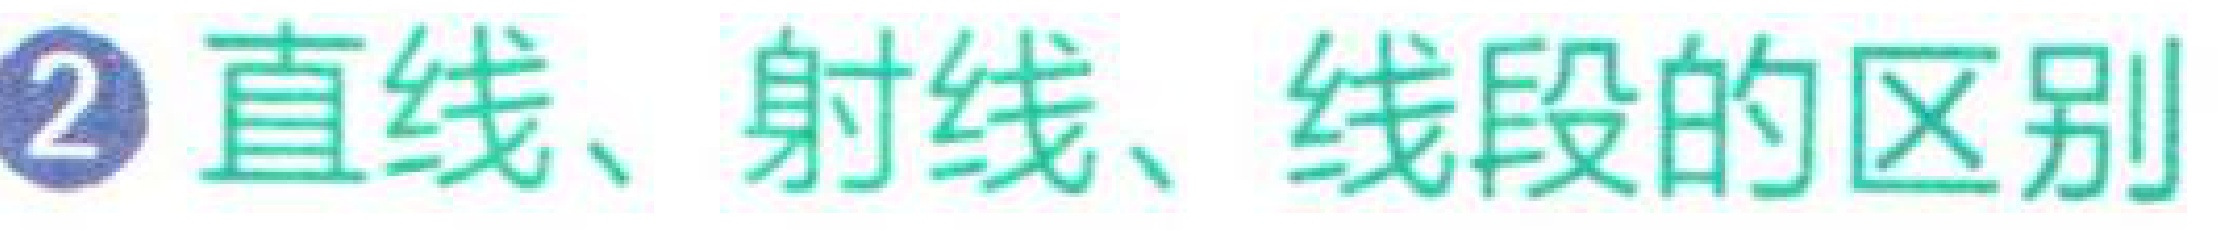
\textcircled{2} 直线、射线、线段的区别